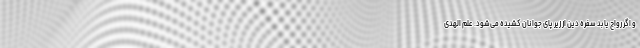
و اگر رواج یابد سفره دین از زیر پای جوانان کشیده می‌شود. علم الهدی